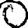
Digit: 0